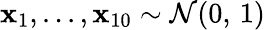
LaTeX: \mathbf{x}_{1},...,\mathbf{x}_{10}\sim\mathcal{{N}}(0,\, 1)